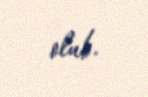
olub.